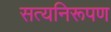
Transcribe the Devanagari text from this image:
सत्यनिरूपण